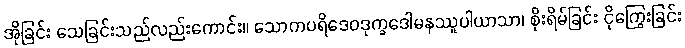
အိုခြင်း သေခြင်းသည်လည်းကောင်း။ သောကပရိဒေဝဒုက္ခဒေါမနဿူပါယာသာ၊ စိုးရိမ်ခြင်း ငိုကြွေးခြင်း